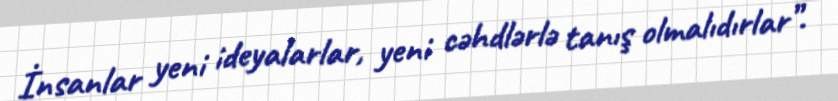
İnsanlar yeni ideyalarlar, yeni cəhdlərlə tanış olmalıdırlar”.